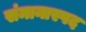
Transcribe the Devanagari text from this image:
संमानास्पद